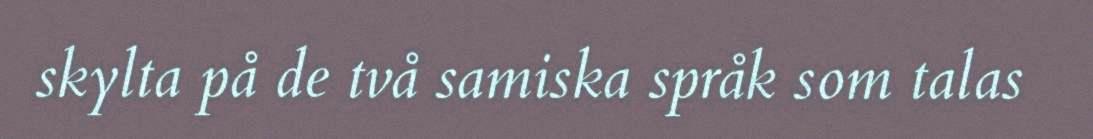
skylta på de två samiska språk som talas